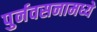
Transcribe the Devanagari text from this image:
पुर्नवसनामध्ये